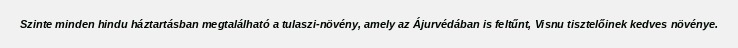
Szinte minden hindu háztartásban megtalálható a tulaszi-növény, amely az Ájurvédában is feltűnt, Visnu tisztelőinek kedves növénye.